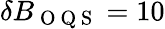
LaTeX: \delta B_{\mathrm{~O~Q~S~}}=10